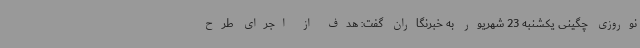
نوروزی چگینی یکشنبه 23 شهریور به خبرنگاران گفت: هدف از اجرای طرح